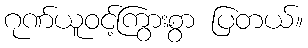
ဂုဏ်ယူဝင့်ကြွားစွာ ပြတယ်။